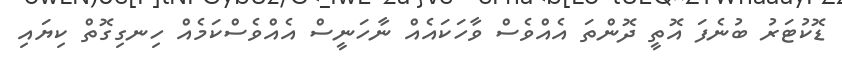
ޑޮކުޓަރު ބުނެފަ އޮތީ ދޮންތަ އެއްވެސް ވާހަކައެއް ނާހަނީސް އެއްވެސްކަމެއް ހިނގިގޮތް ކިޔައި